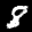
Label: 8